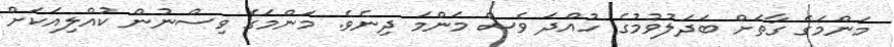
މަންމަގެ ގާތަށް ބަދަލުވުމުގެ ހުއްދަ ވެސް މަންމަ ދިނެވެ. މަންމަގެ ވިސްނުން ކުއްލިއަކަށް